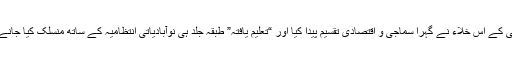
پالیسی کے اس خلاء نے گہرا سماجی و اقتصادی تقسیم پیدا کیا اور “تعلیم یافتہ” طبقہ جلد ہی نوآبادیاتی انتظامیہ کے ساتھ منسلک کیا جانے لگا۔